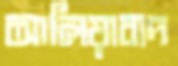
আলিয়াবাদ